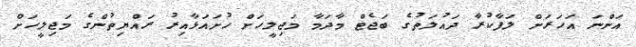
އަންނަ އަހަރަށް ލަފާކުރާ ދައުލަތުގެ ބަޖެޓް މާދަމާ މަޖިލީހަށް ހުށައަޅާއިރު ރައްޔިތުންގެ މަޖިލީހަށް